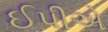
ઈપીએ